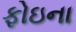
ફોઇના